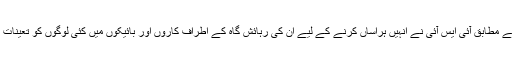
رپورٹوں کے مطابق آئی ایس آئی نے انہیں ہراساں کرنے کے لیے ان کی رہائش گاہ کے اطراف کاروں اور بائیکوں میں کئی لوگوں کو تعینات کر دیا ہے۔